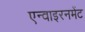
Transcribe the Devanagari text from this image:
एन्वाइरनमेंट